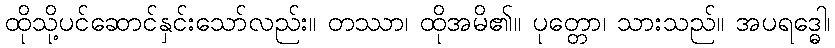
ထိုသို့ပင်ဆောင်နှင်းသော်လည်း။ တဿာ၊ ထိုအမိ၏။ ပုတ္တော၊ သားသည်။ အပရဒ္ဓေါ၊